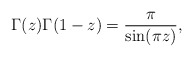
\begin{align*}\Gamma(z) \Gamma(1-z) = \frac{\pi}{\sin(\pi z)}, \end{align*}